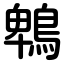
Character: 鵯